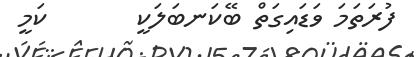
ފުރަތަމަ ވަޑައިގަތް ބޭކަނބަލަކީ       ކަމީ